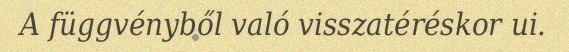
A függvényből való visszatéréskor ui.